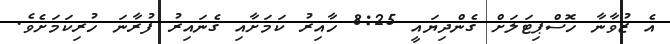
އެ ޒުވާނާ ހޮސްޕިޓަލަށް ގެންދިޔައީ 8:25 ހާއިރު ކަމަށާއި ގެނައިރު ފުރާނަ ހުރިކަމަށެވެ.